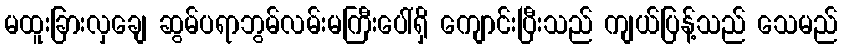
မထူးခြားလှချေ ဆွမ်ပရာဘွမ်လမ်းမကြီးပေါ်ရှိ ကျောင်းပြီးသည် ကျယ်ပြန့်သည် သေမည်